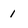
Character: 1